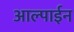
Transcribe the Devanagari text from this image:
आल्पाईन